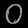
Digit: ၀